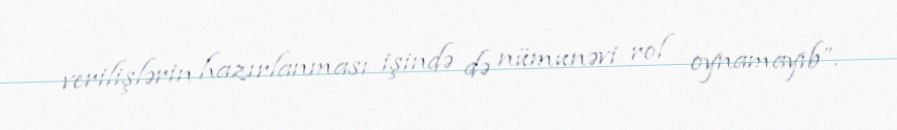
verilişlərin hazırlanması işində də nümunəvi rol oynamayıb”.